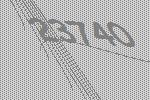
23740